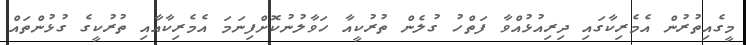
މީގެއިތުރުން އެމެރިކާގައި ދިރިއުޅުއްވާ ފަތްހު ގުލެން ތުރުކީއާ ހަވާލުނުކޮށްފިނަމަ އެމެރިކާއާއި ތުރުކީގެ ގުޅުންތައް